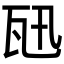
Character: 𤬫